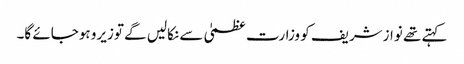
کہتے تھے نوازشریف کو وزارت عظمیٰ سے نکالیں گے توزیرو ہوجائے گا۔